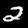
Label: 2